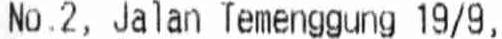
NO.2, JALAN TEMENGGUNG 19/9,